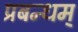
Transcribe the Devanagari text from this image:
प्रबन्धम्